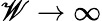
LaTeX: \mathscr{W}\to\infty